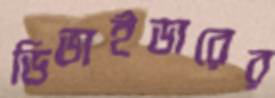
ডিভাইডারের